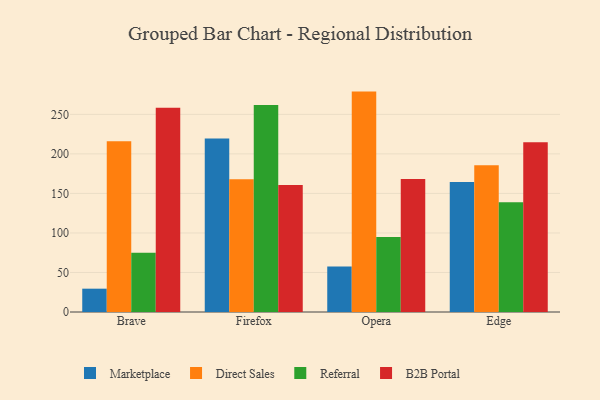
{"axis": {"x": "Browser", "y": "Budget (USD K)"}, "legend": ["B2B Portal", "Direct Sales", "Marketplace", "Referral"], "data": [{"x": "Brave", "y": 29.5, "type": "Marketplace"}, {"x": "Brave", "y": 216.0, "type": "Direct Sales"}, {"x": "Brave", "y": 74.8, "type": "Referral"}, {"x": "Brave", "y": 258.3, "type": "B2B Portal"}, {"x": "Firefox", "y": 219.4, "type": "Marketplace"}, {"x": "Firefox", "y": 168.0, "type": "Direct Sales"}, {"x": "Firefox", "y": 261.8, "type": "Referral"}, {"x": "Firefox", "y": 160.5, "type": "B2B Portal"}, {"x": "Opera", "y": 57.7, "type": "Marketplace"}, {"x": "Opera", "y": 278.8, "type": "Direct Sales"}, {"x": "Opera", "y": 95.0, "type": "Referral"}, {"x": "Opera", "y": 168.2, "type": "B2B Portal"}, {"x": "Edge", "y": 164.5, "type": "Marketplace"}, {"x": "Edge", "y": 185.6, "type": "Direct Sales"}, {"x": "Edge", "y": 138.7, "type": "Referral"}, {"x": "Edge", "y": 214.7, "type": "B2B Portal"}]}